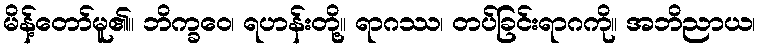
မိန့်တော်မူ၏။ ဘိက္ခဝေ၊ ရဟန်းတို့။ ရာဂဿ၊ တပ်ခြင်းရာဂကို။ အဘိညာယ၊